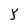
Character: Y